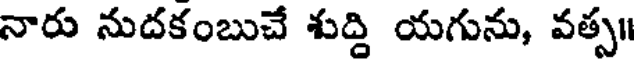
నారు నుదకంబుచే శుద్ది యగును, వత్స॥